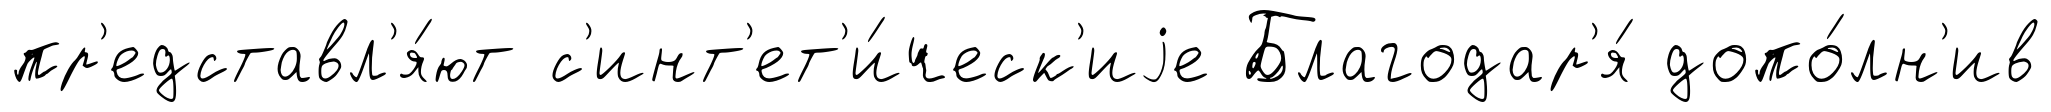
пр'едставл'я́ют с'инт'ет'и́ческ'иjе Благодар'я́ допо́лн'ив